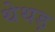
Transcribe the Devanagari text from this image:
थेथड़